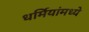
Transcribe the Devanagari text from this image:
धर्मियांमध्ये